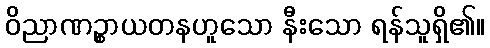
ဝိညာဏဉ္စာယတနဟူသော နီးသော ရန်သူရှိ၏။